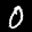
Label: 0